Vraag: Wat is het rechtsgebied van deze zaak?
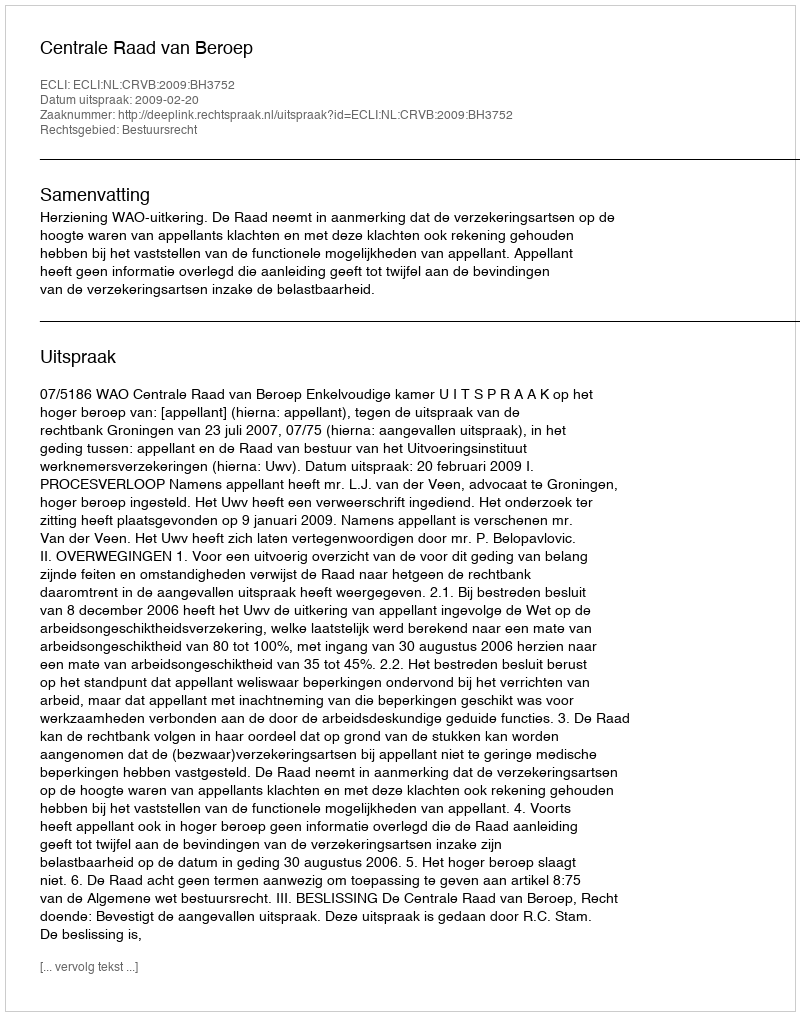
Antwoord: Bestuursrecht